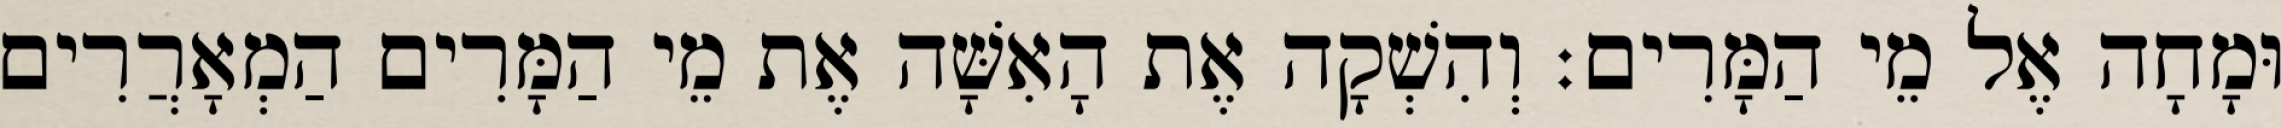
וּמָחָה אֶל מֵי הַמָּרִים׃ וְהִשְׁקָה אֶת הָאִשָּׁה אֶת מֵי הַמָּרִים הַמְאָרֲרִים